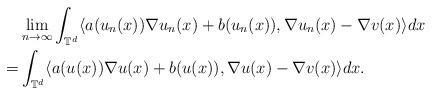
LaTeX: \begin{align*}& \lim_{n\rightarrow\infty} \int_{\mathbb{T}^d} \langle a(u_n(x))\nabla u_n(x) + b(u_n(x)), \nabla u_n(x) - \nabla v(x) \rangle dx \\= & \int_{\mathbb{T}^d} \langle a(u(x))\nabla u(x) + b(u(x)), \nabla u(x) - \nabla v(x) \rangle dx .\end{align*}